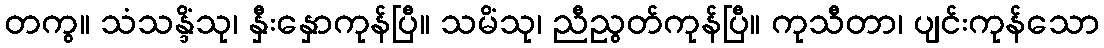
တကွ။ သံသန္ဒိံသု၊ နှီးနှောကုန်ပြီ။ သမိံသု၊ ညီညွတ်ကုန်ပြီ။ ကုသီတာ၊ ပျင်းကုန်သော